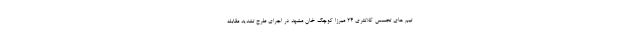
تیم های تجسس کلانتری ۲۴ میرزا کوچک خان مشهد در اجرای طرح تشدید مقابله